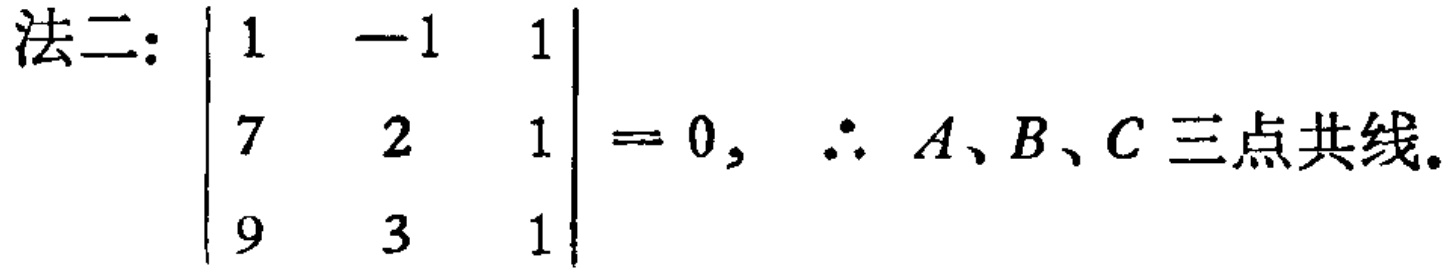
法二：$\begin{vmatrix}
1 & -1 & 1 \\
7 & 2 & 1 \\
9 & 3 & 1
\end{vmatrix}=0,\ \therefore\ A、B、C三点共线。$